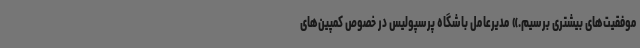
موفقیت‌های بیشتری برسیم.» مدیرعامل باشگاه پرسپولیس در خصوص کمپین‌های